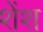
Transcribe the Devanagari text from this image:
शेंश